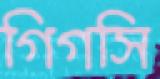
গিগসি